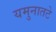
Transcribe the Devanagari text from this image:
यमुनातटे